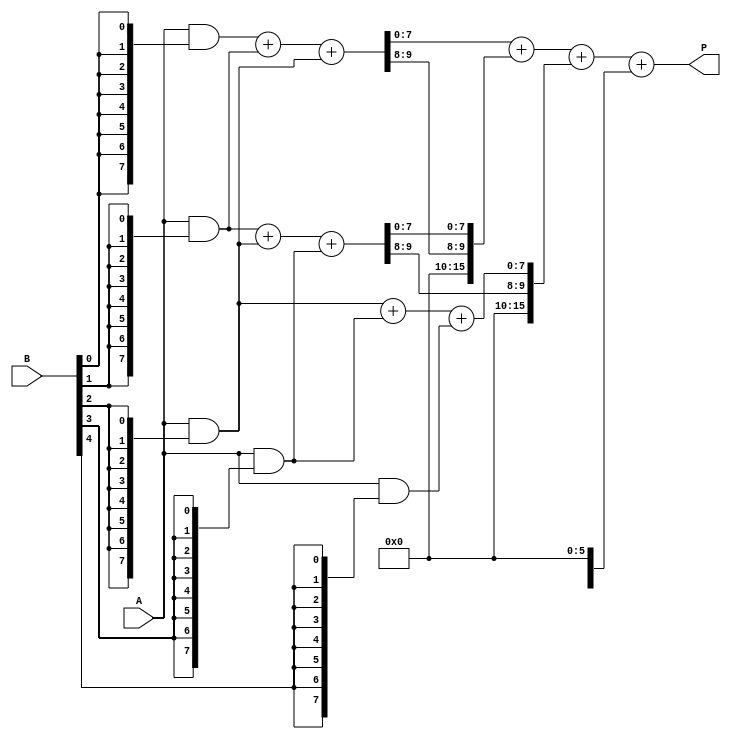
module unfolded_wallace_tree_multiplier #(parameter N = 8) (
    input  [N-1:0] A, // First operand
    input  [N-1:0] B, // Second operand
    output [2*N-1:0] P // Product output
);

    // Partial product generation
    wire [N-1:0] pp [0:N-1]; // Partial products
    genvar i;
    generate
        for (i = 0; i < N; i = i + 1) begin : pp_gen
            assign pp[i] = A & {N{B[i]}}; // AND A with each bit of B
        end
    endgenerate

    // Internal wires for Wallace tree reduction
    wire [N-1:0] sum1 [0:N-1]; // First level sums
    wire [N-1:0] sum2 [0:N-1]; // Second level sums
    wire [N-1:0] carry1 [0:N-1]; // First level carries
    wire [N-1:0] carry2 [0:N-1]; // Second level carries

    // Wallace tree reduction using carry-save adders
    genvar j;
    generate
        for (j = 0; j < N-1; j = j + 1) begin : wallace_tree
            if (j < N-1) begin
                assign {carry1[j], sum1[j]} = pp[j] + pp[j+1] + pp[j+2]; // CSA for three inputs
            end
        end
    endgenerate

    // Final addition
    wire [2*N-1:0] final_sum;
    wire [2*N-1:0] final_carry;

    assign final_sum = {1'b0, sum1[0]} + {carry1[0], sum1[1]} + {carry1[1], sum1[2]}; // Final addition
    assign P = final_sum + final_carry;

endmodule